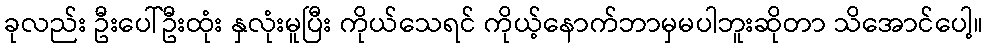
ခုလည်း ဦးပေါ်ဦးထုံး နှလုံးမူပြီး ကိုယ်သေရင် ကိုယ့်နောက်ဘာမှမပါဘူးဆိုတာ သိအောင်ပေါ့။